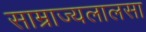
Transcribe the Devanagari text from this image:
साम्राज्यलालसा